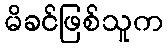
မိခင်ဖြစ်သူက